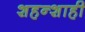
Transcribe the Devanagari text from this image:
शहन्शाही